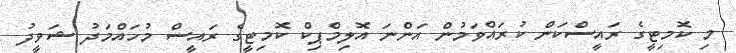
މި ކޮމިޓީގެ ރައީސްކަން ކުރައްވަމުން އަންނަ އޮލިމްޕިކް ކޮމިޓީގެ ރައީސް މުހައްމަދު ޝަވީދު